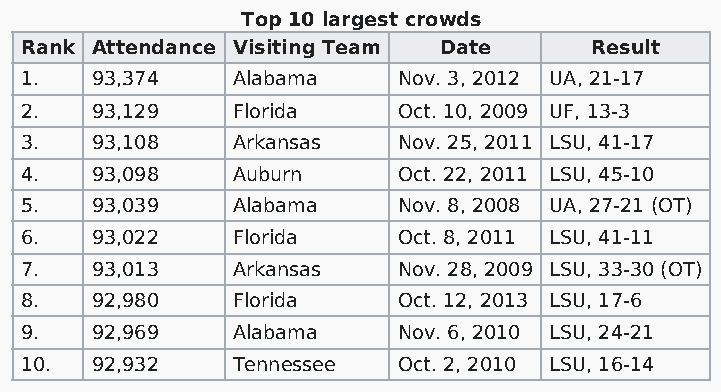
Top 10 largest crowds
 Rank Attendance Visiting Team Date    Result
 1.   93,374   Alabama    Nov. 3, 2012 UA, 21-17
 2.   93,129   Florida    Oct. 10, 2009 UF, 13-3
 3.   93,108   Arkansas   Nov. 25, 2011 LSU, 41-17
 4.   93,098   Auburn     Oct. 22, 2011 LSU, 45-10
 5.   93,039   Alabama    Nov. 8, 2008 UA, 27-21 (OT)
 6.   93,022   Florida    Oct. 8, 2011 LSU, 41-11
 7.   93,013   Arkansas   Nov. 28, 2009 LSU, 33-30 (OT)
 8.   92,980   Florida    Oct. 12, 2013 LSU, 17-6
 9.   92,969   Alabama    Nov. 6, 2010 LSU, 24-21
 10.  92,932   Tennessee  Oct. 2, 2010 LSU, 16-14